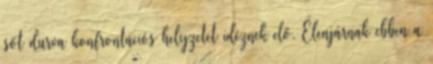
sőt durva konfrontációs helyzetet idéznek elő. Élenjárnak ebben a